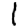
Digit: 1